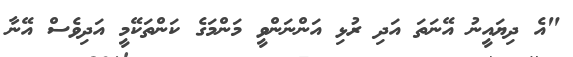
"އެ ދިޔައީނު އޭނަތަ އަދި ރުޅި އަންނަންވީ މަންމަގެ ކަންތަކޭމީ އަދިވެސް އޭނާ